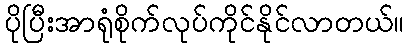
ပိုပြီးအာရုံစိုက်လုပ်ကိုင်နိုင်လာတယ်။